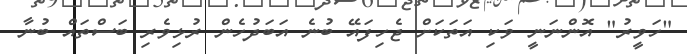
"ހަވީރު" އޮންނަނީ ވަކި އަތަކަށް ޖެހިފައޭ ބުނެ އަބަދުހެން ރުޅިވެރި ބަސްތައް ބުނާ